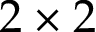
2 \times 2